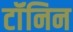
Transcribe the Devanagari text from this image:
टॉंनिन